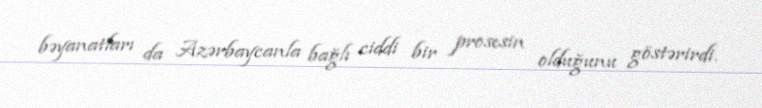
bəyanatları da Azərbaycanla bağlı ciddi bir prosesin olduğunu göstərirdi.